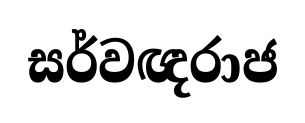
සර්වඥරාජ